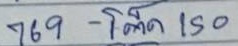
769 - โต๊ด 150